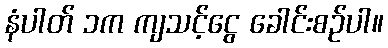
နံပါတ် ၁က ကျသင့်ငွေ ခေါင်းစဉ်ပါ။